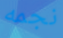
نجمه